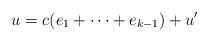
LaTeX: \begin{align*}u=c(e_1+ \dots + e_{k-1})+u'\end{align*}